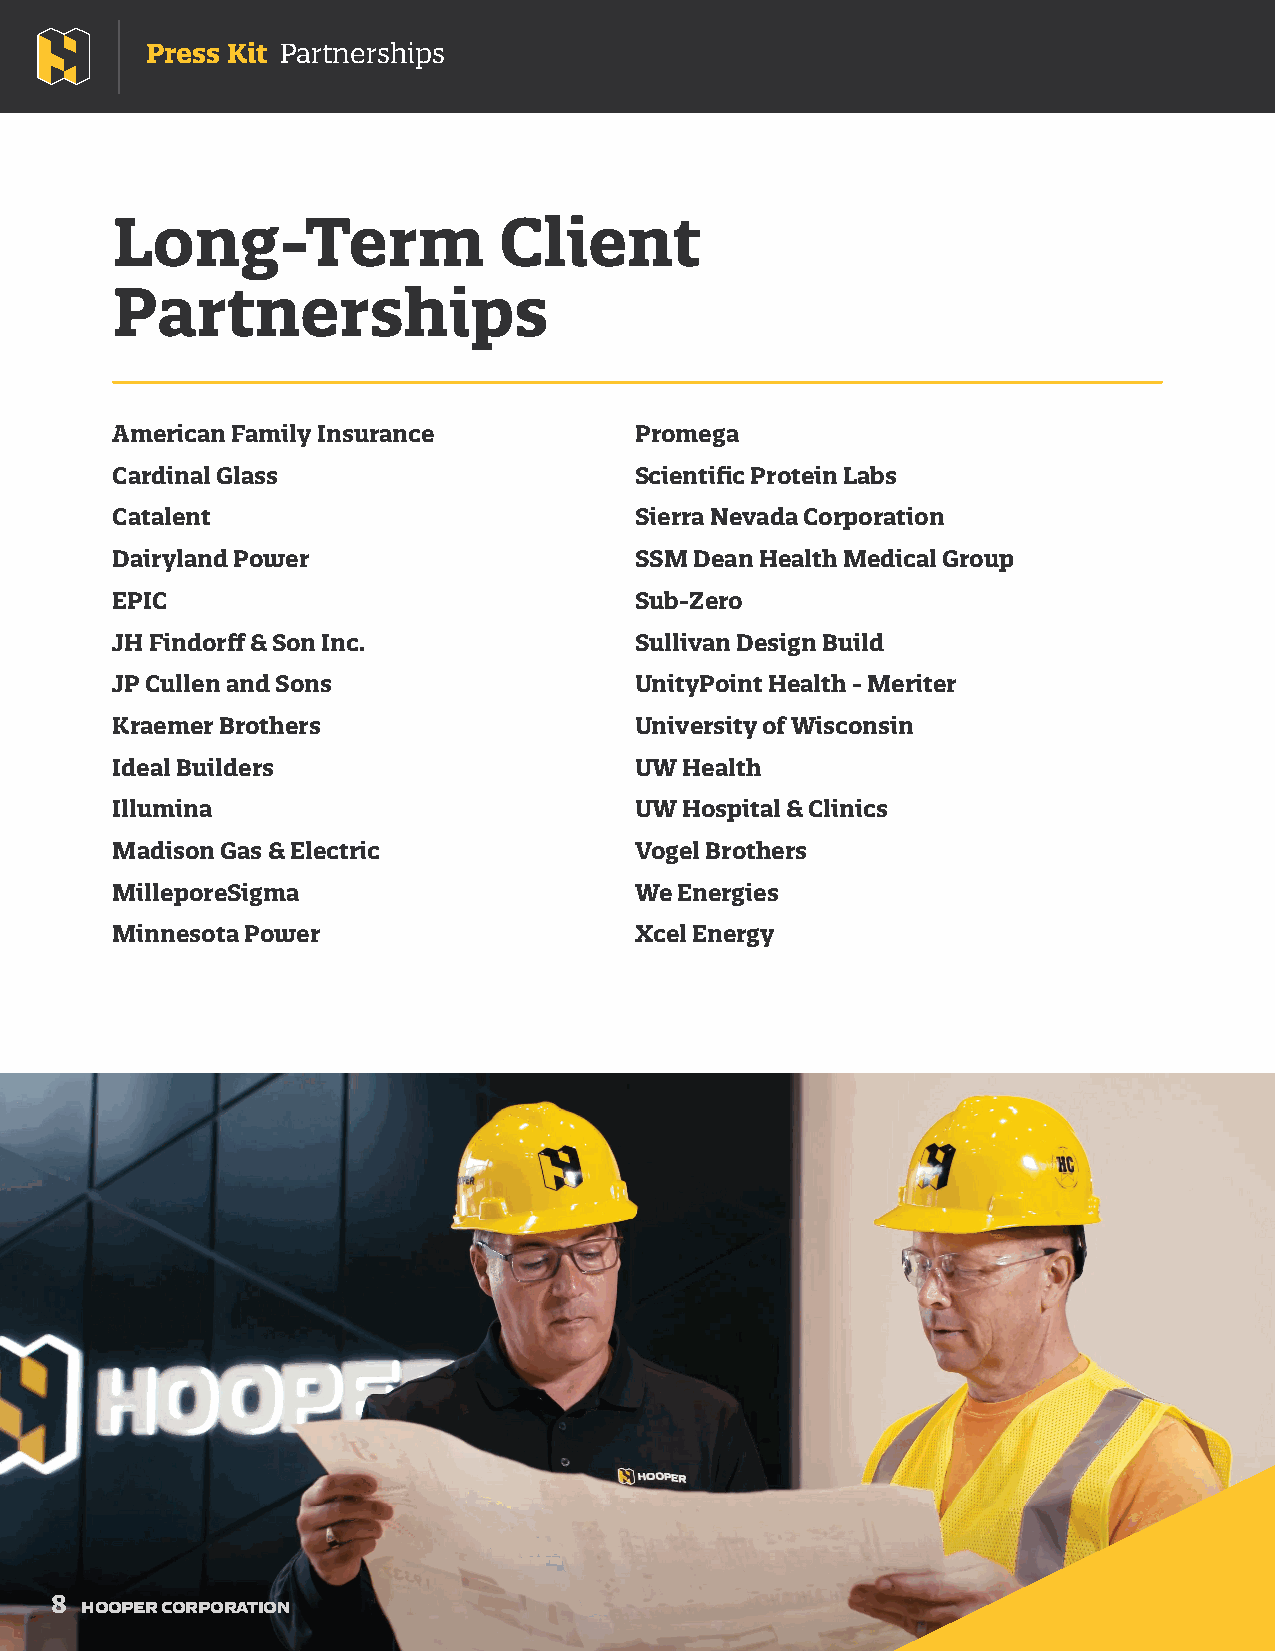
Press Kit Partnerships
 Long-Term                 Client
 Partnerships
 American Family Insurance          Promega
 Cardinal Glass                     Scientifi c Protein Labs
 Catalent                           Sierra Nevada Corporation
 Dairyland Power                    SSM Dean Health Medical Group
 EPIC                               Sub-Zero
 JH Findorff & Son Inc.             Sullivan Design Build
 JP Cullen and Sons                 UnityPoint Health - Meriter
 Kraemer Brothers                   University of Wisconsin
 Ideal Builders                     UW Health
 Illumina                           UW Hospital & Clinics
 Madison Gas & Electric             Vogel Brothers
 MilleporeSigma                     We Energies
 Minnesota Power                    Xcel Energy
 8
 HOOPER CORPORATION